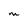
Character: M